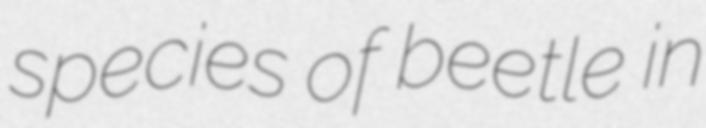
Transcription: species of beetle in